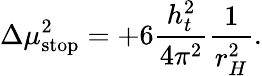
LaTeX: \Delta\mu_{\mathrm{stop}}^{2}=+6\frac{h_{t}^{2}}{4\pi^{2}}\frac{1}{r_{H}^{2}}.